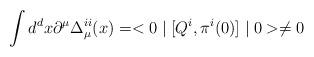
LaTeX: \begin{align*}\int d^dx \partial^{\mu} \Delta^{ii}_{\mu}(x) = <0 \mid [Q^i, \pi^i (0)] \mid 0> \not = 0\end{align*}